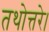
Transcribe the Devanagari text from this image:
तथोत्तरे।